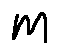
m